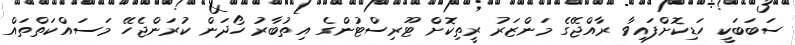
ސަބަބަކީ ހަޑިކޮށްފައިވާ ރާއްޖޭގެ މަންޒަރު ރީތިކޮށް ޓޫރިސްޓުންގެ އިތުބާރު ހޯދަން ކުރަންޖެހޭ މަސައްކަތްތައް